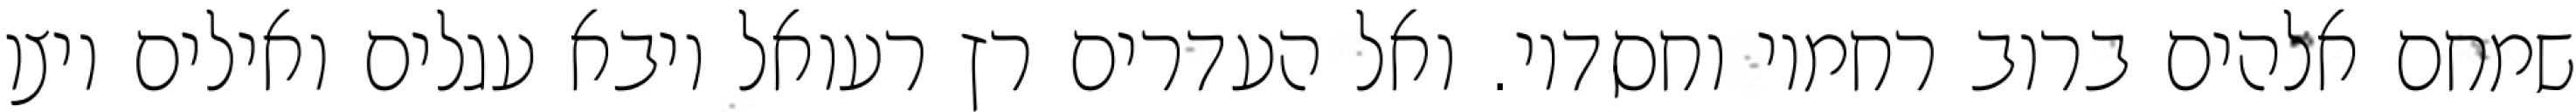
שמחם אלהים ברוב רחמיו וחסדיו. ואל העדרים רץ רעואל ויבא עגלים ואילים ויצו